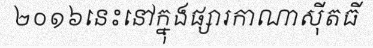
២០១៦នេះនៅក្នុងផ្សារកាណាស៊ីតធី